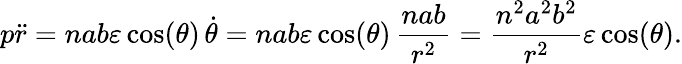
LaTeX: p{\ddot{r}}=nab\varepsilon\cos(\theta)\, {\dot{\theta}}=nab\varepsilon\cos(\theta)\, {\frac{nab}{r^{2}}}={\frac{n^{2}a^{2}b^{2}}{r^{2}}}\varepsilon\cos(\theta).